Lunatic asylums in Bengal annual reports 1899-1911 - 1899-1911
Year: 1899
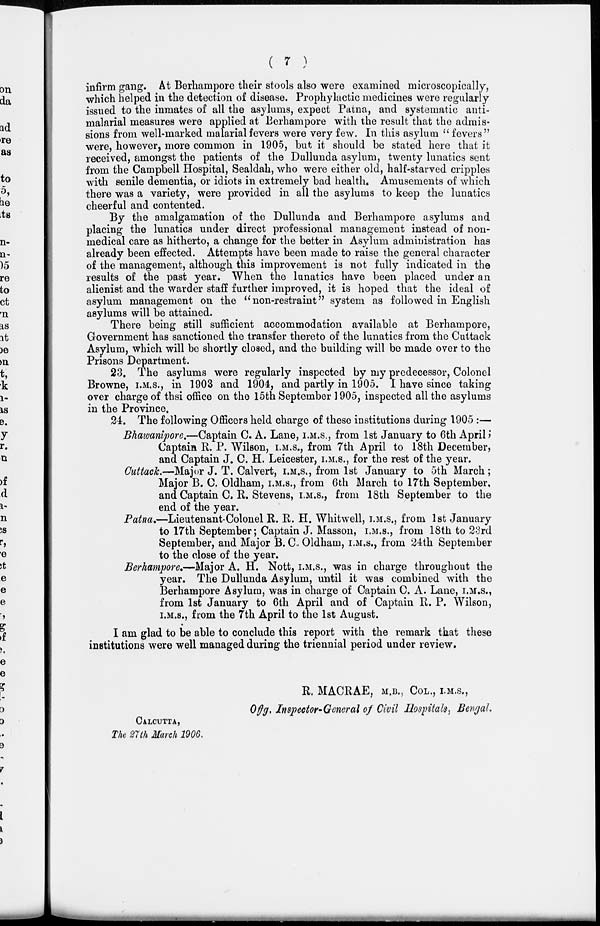
( 7 )
infirm gang. At Berhampore their stools also were examined microscopically,
which helped in the detection of disease. Prophylactic medicines were regularly
issued to the inmates of all the asylums, expect Patna, and systematic anti-
malarial measures were applied at Berhampore with the result that the admis-
sions from well-marked malarial fevers were very few. In this asylum " fevers "
were, however, more common in 1905, but it should be stated here that it
received, amongst the patients of the Dullunda asylum, twenty lunatics sent
from the Campbell Hospital, Sealdah, who were either old, half-starved cripples
with senile dementia, or idiots in extremely bad health. Amusements of which
there was a variety, were provided in all the asylums to keep the lunatics
cheerful and contented.
By the amalgamation of the Dullunda and Berhampore asylums and
placing the lunatics under direct professional management instead of non-
medical care as hitherto, a change for the better in Asylum administration has
already been effected. Attempts have been made to raise the general character
of the management, although this improvement is not fully indicated in the
results of the past year. When the lunatics have been placed under an
alienist and the warder staff further improved, it is hoped that the ideal of
asylum management on the "non-restraint" system as followed in English
asylums will be attained.
There being still sufficient accommodation available at Berhampore,
Government has sanctioned the transfer thereto of the lunatics from the Cuttack
Asylum, which will be shortly closed, and the building will be made over to the
Prisons Department.
23. The asylums were regularly inspected by my predecessor, Colonel
Browne, I.M.S., in 1903 and 1904, and partly in 1905. I have since taking
over charge of this office on the 15th September 1905, inspected all the asylums
in the Province.
24. The following Officers held charge of these institutions during 1905 :—
Bhawanipore.—Captain C. A. Lane, I.M.S., from 1st January to 6th April;
Captain R. P. Wilson, I.M.S., from 7th April to 18th December,
and Captain J. C. H. Leicester, I.M.S., for the rest of the year.
Cuttack.—Major J. T. Calvert, I.M.S., from 1st January to 5th March ;
Major B. C. Oldham, I.M.S., from 6th March to 17th September,
and Captain C. R. Stevens, I.M.S., from 18th September to the
end of the year.
Patna.—Lieutenant-Colonel R. R. H. Whitwell, I.M.S., from 1st January
to 17th September; Captain J. Masson, I.M.S., from 18th to 23rd
September, and Major B. C. Oldham, I.M.S., from 24th September
to the close of the year.
Berhampore.—Major A. H. Nott, I.M.S., was in charge throughout the
year. The Dullunda Asylum, until it was combined with the
Berhampore Asylum, was in charge of Captain C. A. Lane, I.M.S.,
from 1st January to 6th April and of Captain R. P. Wilson,
I.M.S., from the 7th April to the 1st August.
I am glad to be able to conclude this report with the remark that these
institutions were well managed during the triennial period under review.
R. MACRAE, M.B., COL., I.M.S.,
Offg. Inspector-General of Civil Hospitals, Bengal.
CALUTTA,
The 27th March 1906.